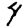
Digit: 4